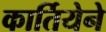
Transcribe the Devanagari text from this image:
कार्तियेने